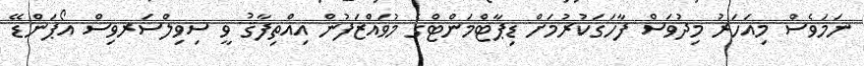
ނަމަވެސް މިއަހަރު މިދުވަސް ފާހަގަކުރުމަށް ޑިޕާޓްމަންޓްގެ މުވައްޒަފުން އިއްތިފާޤު ވީ ސިވިލްސަރވިސް އޯޕަންޑޭ